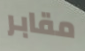
مقابر